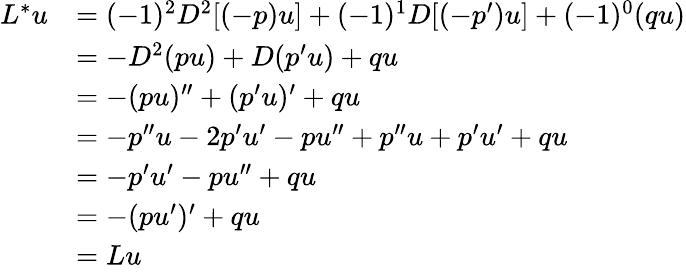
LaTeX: {\begin{array}{rl}{L^{*}u}&{=(-1)^{2}D^{2}[(-p)u]+(-1)^{1}D[(-p^{\prime})u]+(-1)^{0}(qu)}\\ &{=-D^{2}(pu)+D(p^{\prime}u)+qu}\\ &{=-(pu)^{\prime\prime}+(p^{\prime}u)^{\prime}+qu}\\ &{=-p^{\prime\prime}u-2p^{\prime}u^{\prime}-pu^{\prime\prime}+p^{\prime\prime}u+p^{\prime}u^{\prime}+qu}\\ &{=-p^{\prime}u^{\prime}-pu^{\prime\prime}+qu}\\ &{=-(pu^{\prime})^{\prime}+qu}\\ &{=Lu}\end{array}}